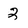
Character: 2